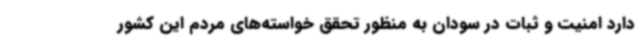
دارد امنیت و ثبات در سودان به منظور تحقق خواسته‌های مردم این کشور